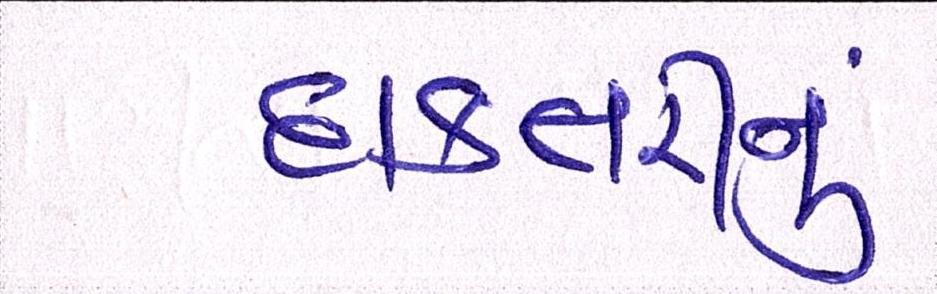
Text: દાક્તરીનું